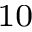
^ { 1 0 }